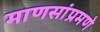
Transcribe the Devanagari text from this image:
माणसांप्रमणे